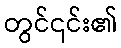
တွင်၎င်း၏